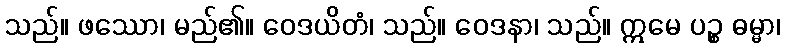
သည်။ ဖဿော၊ မည်၏။ ဝေဒယိတံ၊ သည်။ ဝေဒနာ၊ သည်။ ဣမေ ပဉ္စ ဓမ္မာ၊